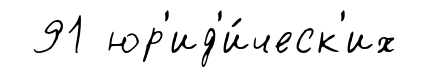
91 юр'ид'и́ческ'их